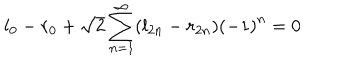
LaTeX: l _ { 0 } - r _ { 0 } + \sqrt { 2 } \sum _ { n = 1 } ^ { \infty } ( l _ { 2 n } - r _ { 2 n } ) \left( - 1 \right) ^ { n } = 0